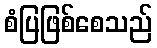
စံပြဖြစ်စေသည်